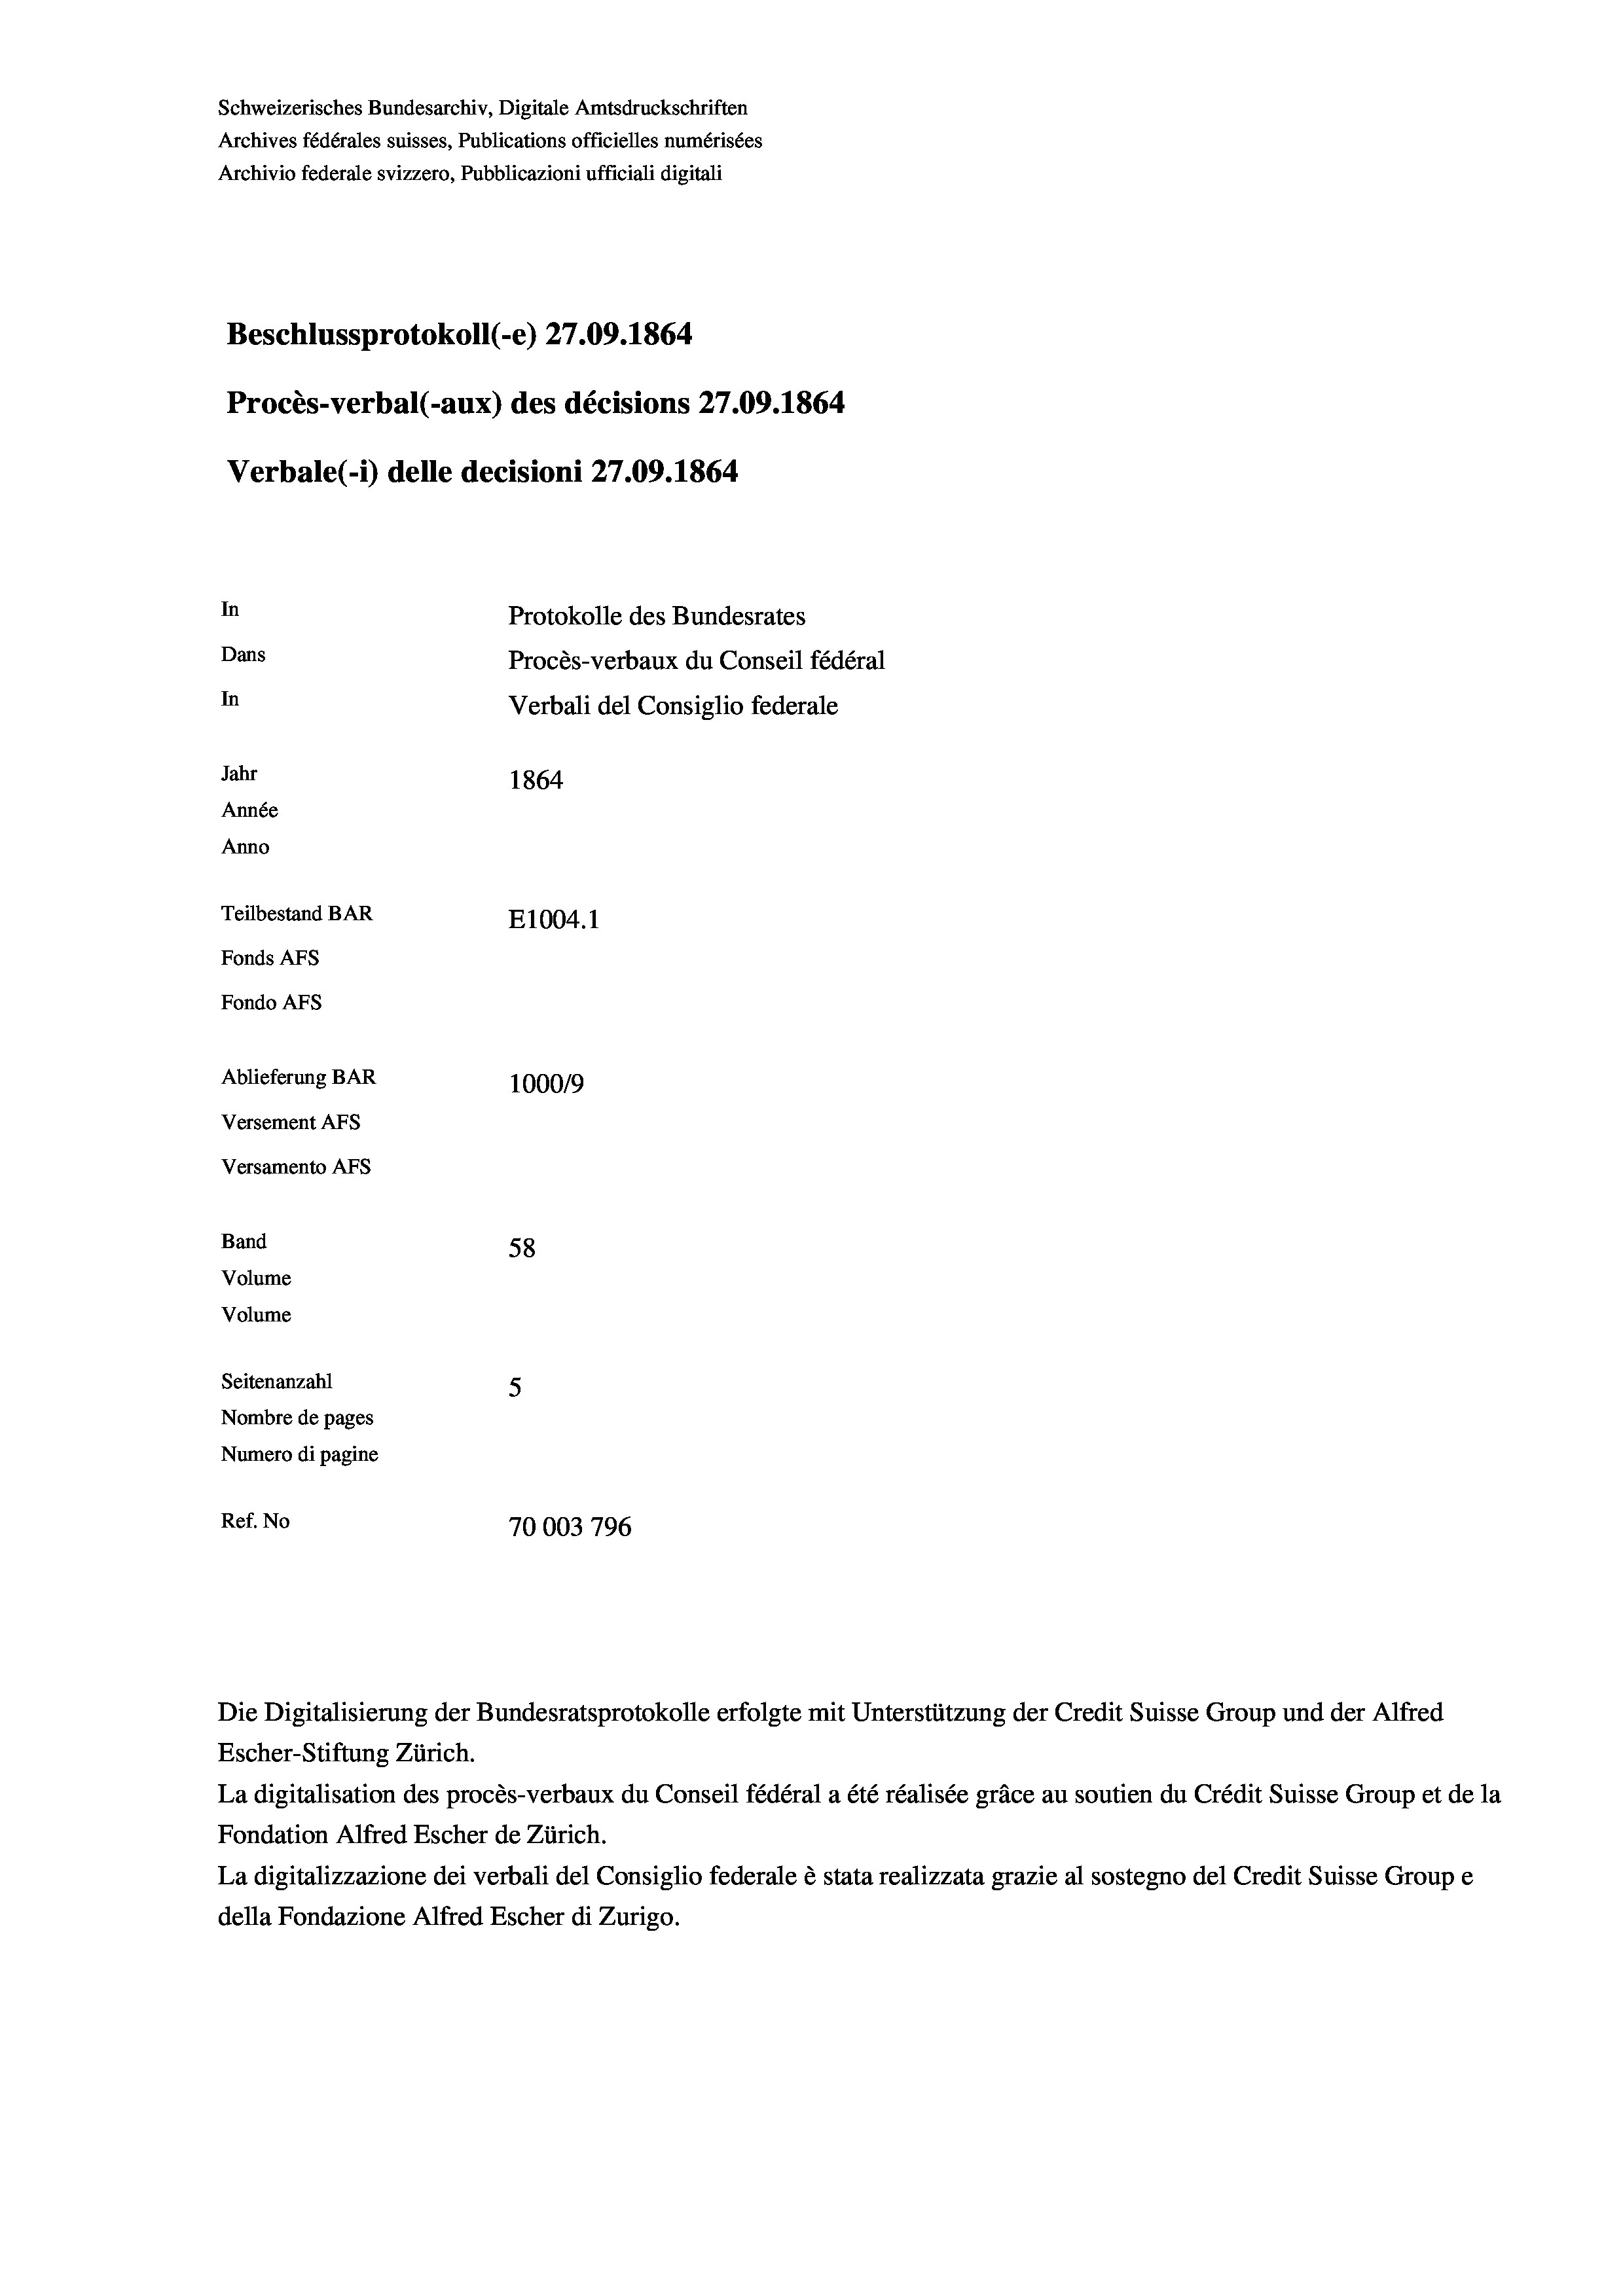
Schweizerisches Bundesarchiv, Digitale Amtsdruckschriften
Archives fédérales suisses, Publications officielles numérisées
Archivio federale svizzero, Pubblicazioni ufficiali digitali
Beschlussprotokoll (-e) 27.09. 1864
Procès-verbal (-aux) des décisions 27.09. 1864
Verbale (1) delle decisioni 27.09. 1864
In
Protokolle des Bundesrates
Dans
Procès-verbaux du Conseil fédéral
In
Verbali del Consiglio federale
Jahr
1864
Année
Anno
Teilbestand BAR
E1004. 1
Fonds AFs
Fondo AFs
Ablieferung BAR
100019
Versement AFs
Versamento Afs

58
5
Nombre de pages
Numero di pagine
Ref. No
70003 796

Band
Volume
Volume
Seitenanzahl

Escher-Stiftung Zürich.
La digitalisation des procès-verbaux du Conseil fédéral a été réalisée gräce au soutien du Crédit Suisse Group et de la
Fondation Alfred Escher de Zürich.
La digitalizzazione dei verbali del Consiglio federale è stata realizzata grazie al sostegno del Credit Suisse Groupe
della Fondazione Alfred Escher di Zurigo.

Die Digitalisierung der Bundesratsprotokolle erfolgte mit Unterstützung der Credit Suisse Group und der Alfred